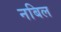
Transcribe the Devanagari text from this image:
नबिल